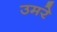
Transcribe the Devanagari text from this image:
उमरे